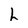
Character: h